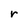
Character: r